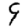
Digit: 9